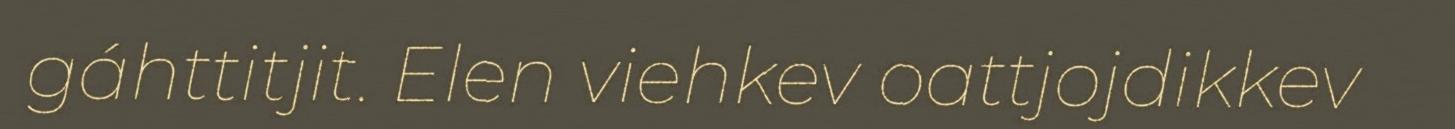
gáhttitjit. Elen viehkev oattjojdikkev